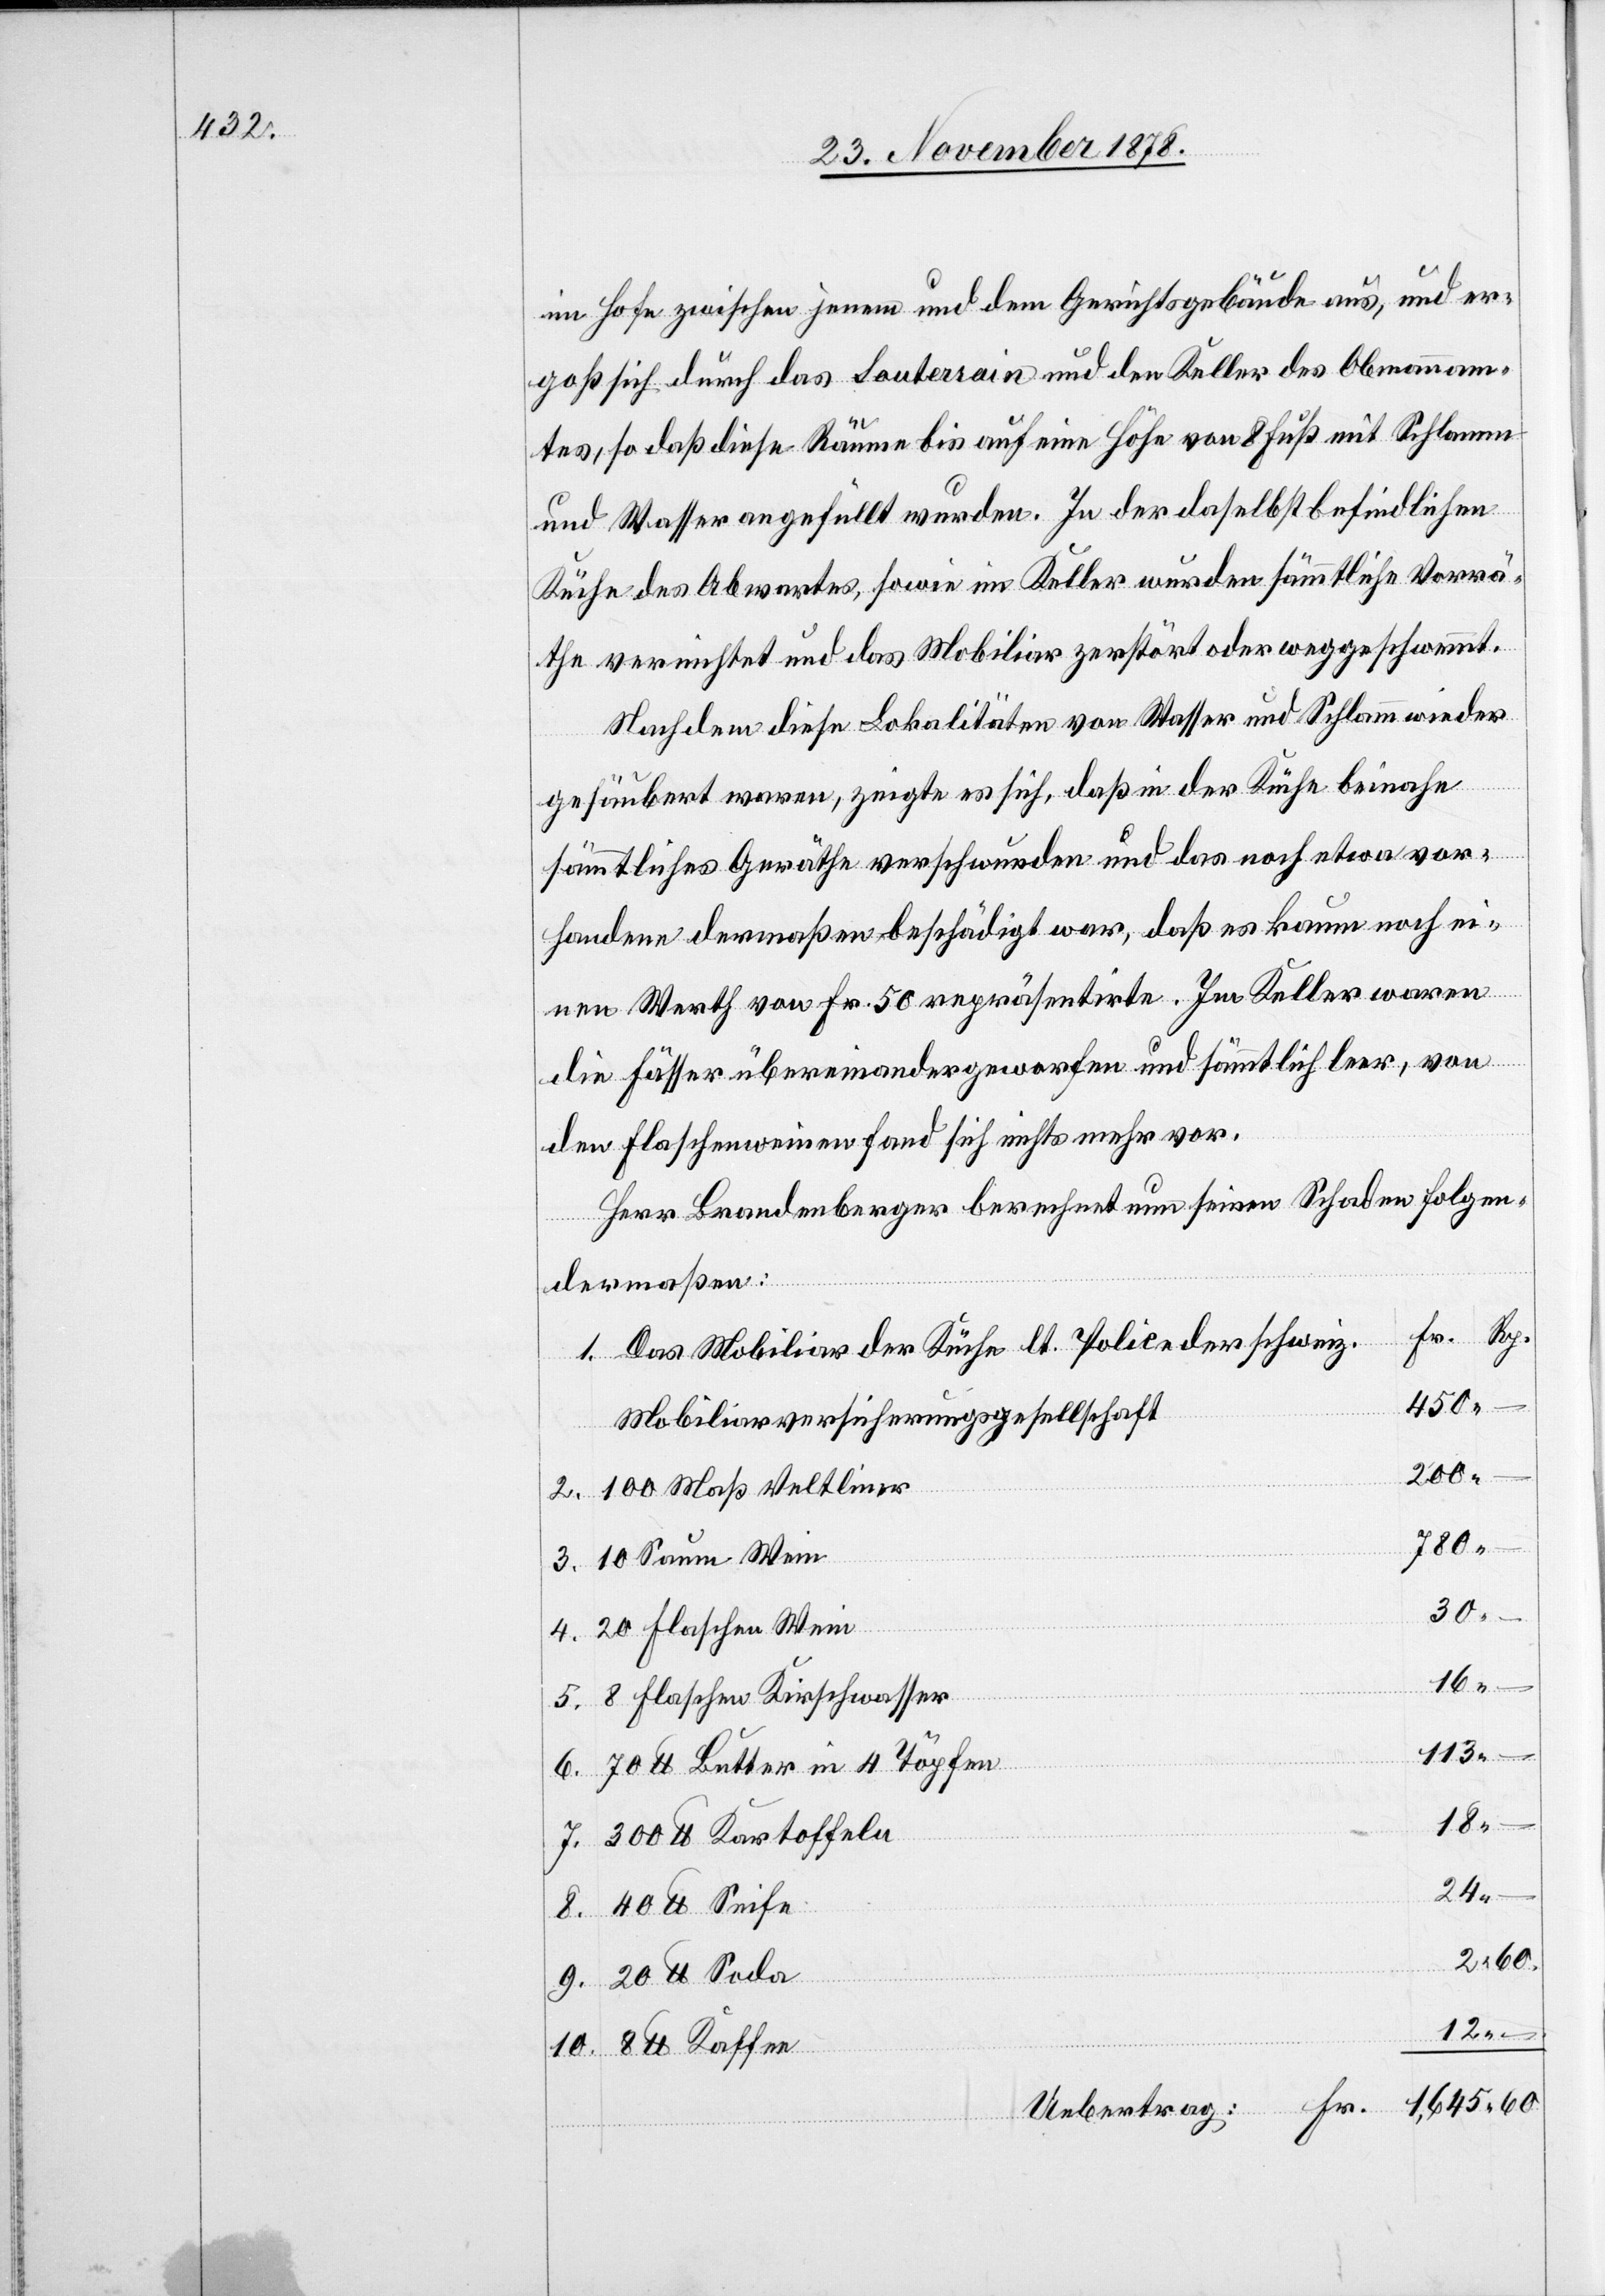
im Hofe zwischen jenem und dem Gerichtsgebäude aus, und er¬
goß sich durch das Souterain und den Keller des Obmannam¬
tes, so daß diese Räume bis auf eine Höhe von 8 Fuß mit Schlamm
und Wasser angefüllt wurden. In der daselbst befindlichen
Küche des Abwartes, sowie im Keller wurden sämmtliche Vorrä¬
the vernichtet und das Mobiliar zerstört oder weggeschwemmt.
Nachdem diese Lokalität von Wasser und Schlamm wieder
gesäubert waren, zeigte es sich, daß in der Küche beinahe
sämmtliches Geräthe verschwunden und das noch etwa vor¬
handene dermaßen beschädigt war, daß es kaum noch ei¬
nen Werth von Fr. 50 repräsentirte. Im Keller waren
die Fässer übereinandergeworfen und sämmtlich leer, von
den Flaschenweiern fand sich nichts mehr vor.
Herr Brandenberger berechnet nun seinen Schaden folgen¬
dermaßen:
Fr.
Rp.
Das Mobiliar der Küche lt. Police der schweiz.
Saum
Mobiliarversicherungsgesellschaft
100 Maß Veltliner
780
20 Flaschen Wein
–
8 lb
1.645
8 Flaschen Kirschwasser
113
70 lb Butter in 4 Töpfen
18
300 lb Kartoffeln
24
40 lb Seife
8.
Uebertrag: Fr.